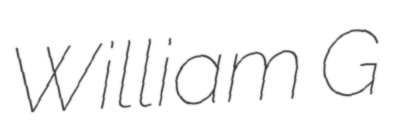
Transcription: William G